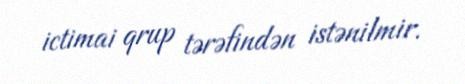
ictimai qrup tərəfindən istənilmir.